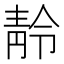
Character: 𩇙